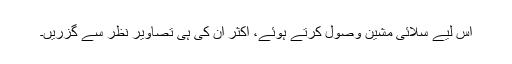
اس لیے سلائی مشین وصول کرتے ہوئے، اکثر ان کی ہی تصاویر نظر سے گزریں۔